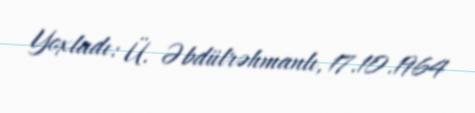
Yoxladı: Ü. Əbdülrəhmanlı, 17.10.1964